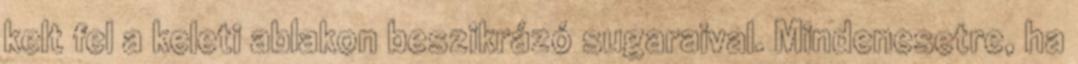
kelt fel a keleti ablakon beszikrázó sugaraival. Mindenesetre, ha